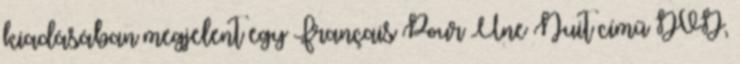
kiadásában megjelent egy Français Pour Une Nuit című DVD,